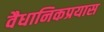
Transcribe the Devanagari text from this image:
वैधानिकप्रयास